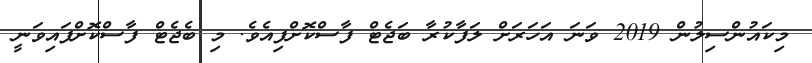
މިކައުންސިލުން 2019 ވަނަ އަހަރަށް ލަފާކުރާ ބަޖެޓް ފާސްކޮށްފިއެވެ. މި ބެޖެޓް ފާސްކޮށްފައިވަނީ